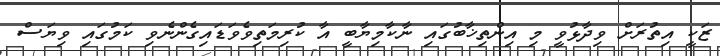
ޒަކީ އިތުރަށް ވިދާޅުވީ މި އިންތިޚާބުގައި ނާކާމިޔާބީ އާ ކުރިމަތިވެވަޑައިގެންނެވި ކަމުގައި ވިޔަސް